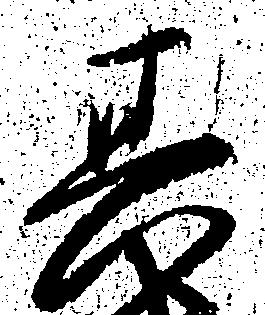
其